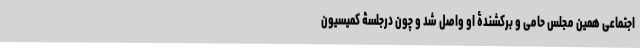
اجتماعی همین مجلسِ حامی و برکشندۀ او واصل شد و چون درجلسۀ کمیسیون